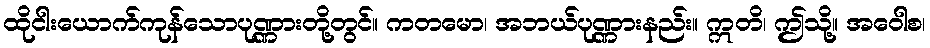
ထိုငါးယောက်ကုန်သောပုဏ္ဏားတို့တွင်။ ကတမော၊ အဘယ်ပုဏ္ဏားနည်း။ ဣတိ၊ ဤသို့။ အဝေါစ၊